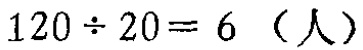
\(120\div20 = 6\)（人）